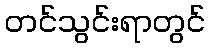
တင်သွင်းရာတွင်